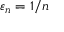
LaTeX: \varepsilon _ { n } = 1 / n